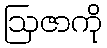
ဩဇာကို